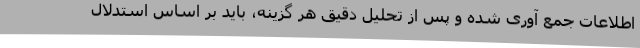
اطلاعات جمع آوری شده و پس از تحلیل دقیق هر گزینه، باید بر اساس استدلال